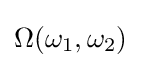
\Omega (\omega _{1},\omega _{2})